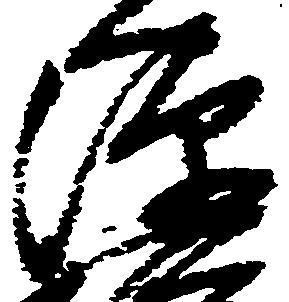
源